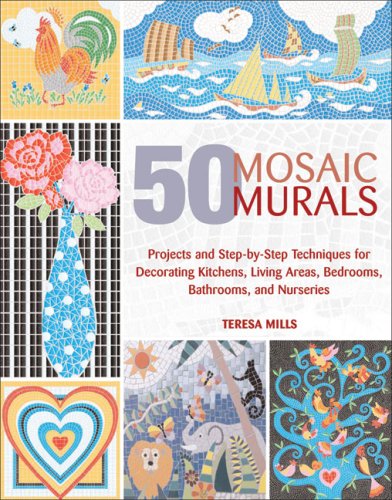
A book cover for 50 Mosaic Murals: Projects and Step-by-Step Techniques for Decorating Kitchens, Living Areas, Bedrooms, Bathrooms, and Nurseries; Teresa Mills; Arts & Photography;